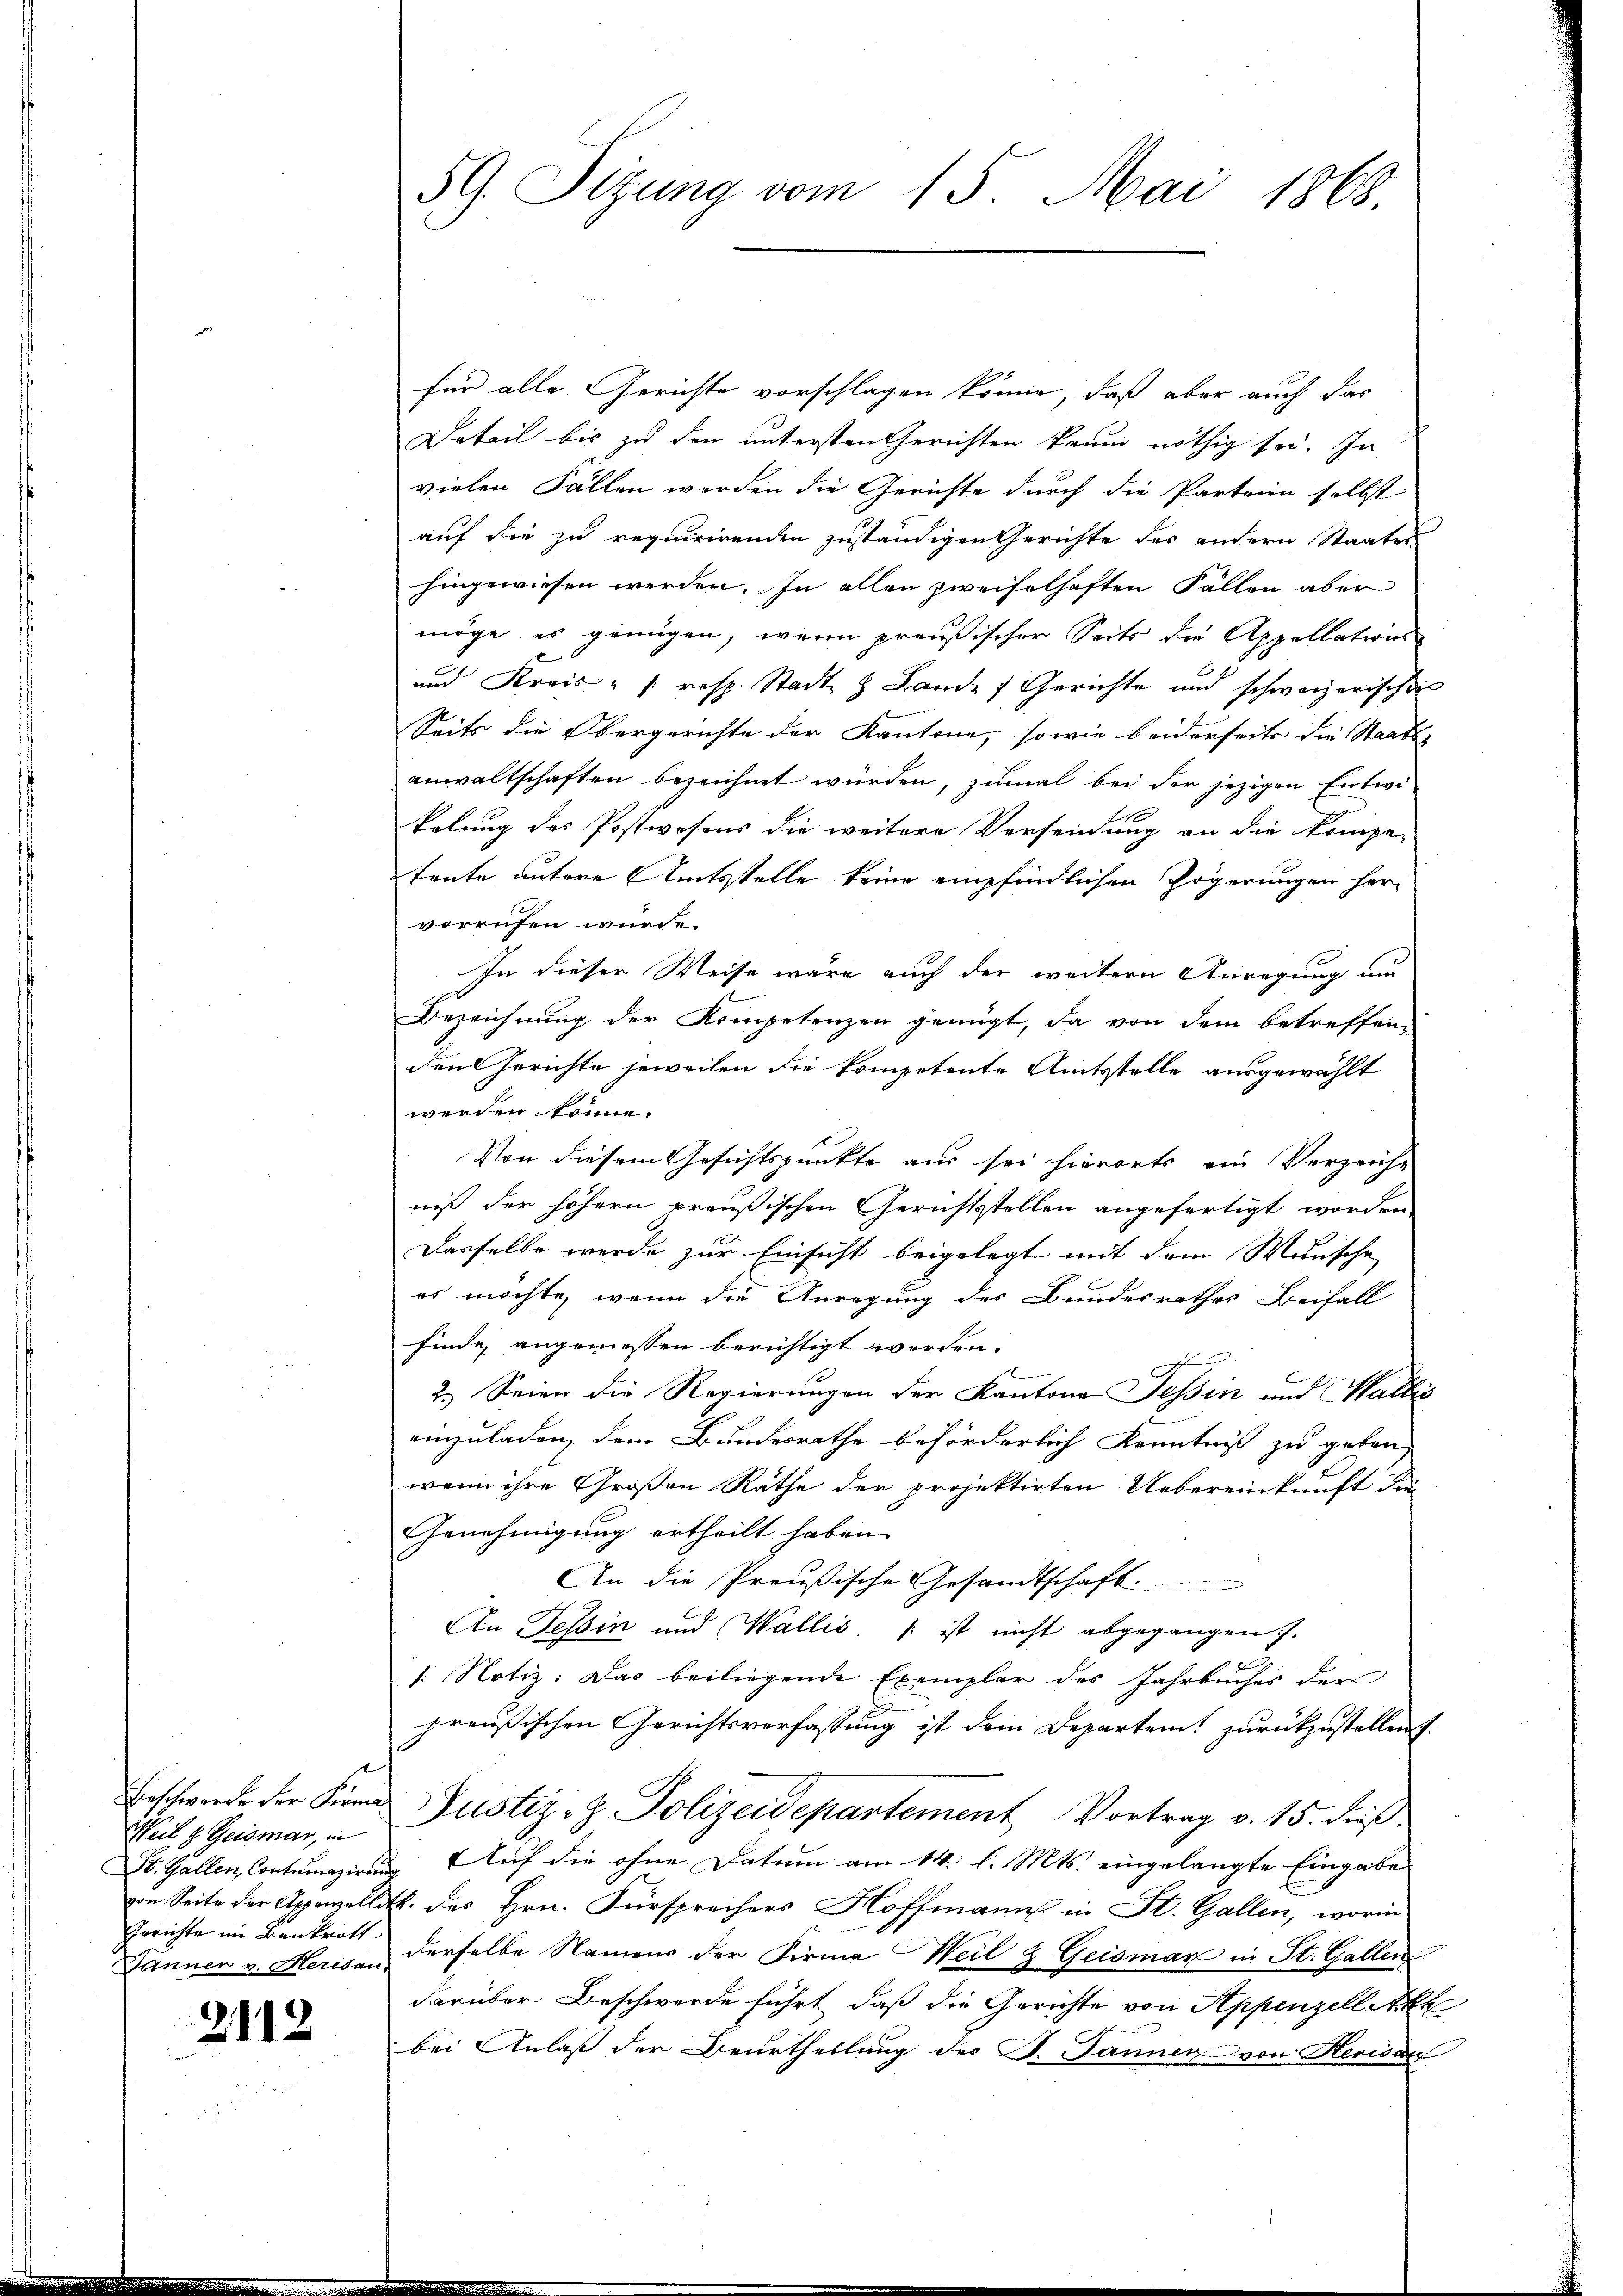
Weil & Geismar, in
Gerichte im Bankrott
Jänner v. Herisau,

2112

für alle Gerichte vorschlagen könne, daß aber auch das
Detail bis zu den untersten Gerichten kaum nöthig sei. In
vielen Fällen werden die Gerichte durch die Parteien selbst
auf die zu requirirenden zuständigen Gerichte des andern Staates
hingewiesen werden. In allen zweifelhaften Fällen aber
möge es genügen, wenn preußischer Seits die Appellations-
und Kreis- /: resp. Stadt & Lande Gerichte und schweizerischen
Seits die Obergerichte der Kantone, sowie beiderseits die Staats-
anwaltschaften bezeichnet würden, zumal bei der jezigen Entwikelung des Postwesens die weitere Vorsendung an die Kompe-
teute untere Amtsstelle keine empfindlichen Zögerungen hervorrufen würde.
In dieser Weise wäre auch der weitern Anregung und
Bezeichnung der Kompetenzen genügt, da von dem betreffene
den Gerichte jeweilen die kompetente Amtsstelle ausgewählt
werden könne.
Von diesem Gesichtspunkte aus sei hierorts ein Verzeiche
niß der höhern preußischen Gerichtsstellen angefertigt worden.
Dasselbe werde zur Einsicht beigelegt mit dem Wunsche
es möchte, wenn die Anregung des Bundesrathes Beifall
finde, angemessen berichtigt werden.
2.) Seien die Regierungen der Kantons Tessin und Wallis
einzuladen, dem Bundesrathe beförderlich Kenntniß zu geben
wenn ihre Großen Räthe der projektirten Uebereinkunft die
Genehmigung ertheilt haben.
An die Preußische Gesandtschaft:
An Tessin und Wallis, | ist nicht abgegangen.
1. Notiz: Das beiliegende Exemplar des Jahrbuches der
preußischen Gerichtsverfassung ist dem Departem zurückzustellen.
Erschwerde der Firma Justiz- & Polizeidepartement Vortrag v. 15. dieß.
St. Gallen, Contumazirung Auf die ohne Datum am 14. l. Mts. eingelangte Eingabe
von Seite der Appenzellitt. des Hrn. Fürsprechers Hoffmann in St. Gallen, worin
derselbe Namens der Firma Weil & Geismar in St. Gallen
darüber Beschwerde führt, daß die Gerichte von Appenzell Akk
bei Anlaß der Beurtheilung des F. Jannen von Herwarf

59. Sitzung vom 15. Mai 1868.